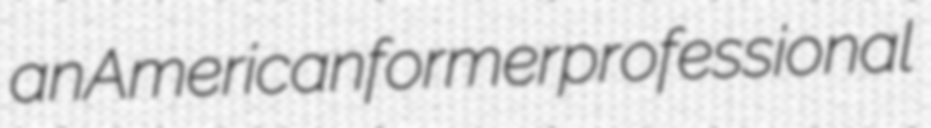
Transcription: an American former professional